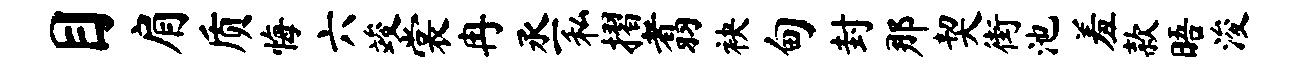
目肩质悔六竣裳冉丞私摺翥袂甸封那契街池羞款晤浚